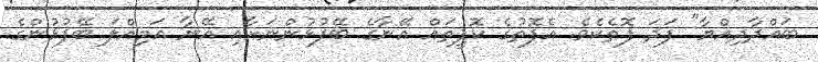
ބަޣްދާދިއްޔާ" ފަދަ ފޮތެކެވެ. އެފޮތުގެ ކޮޕީތައް އޭނާގެ ބޭފުޅުންނަށާއި އޭނާ އަމިއްލަ ބޭފުޅުންގެ